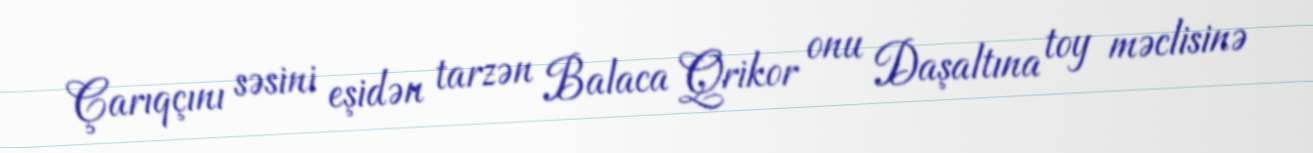
Çarıqçını səsini eşidən tarzən Balaca Qrikor onu Daşaltına toy məclisinə